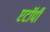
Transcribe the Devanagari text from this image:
एटॉपी